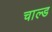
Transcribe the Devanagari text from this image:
चाल्ड